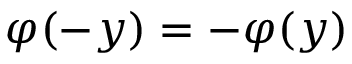
\varphi ( - y ) = - \varphi ( y )